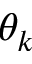
\theta _ { k }